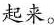
起来。